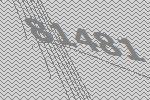
81481